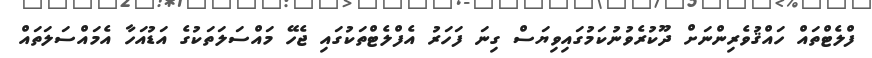
ފްލެޓްތައް ހައްޤުވެރިންނަށް ދޫކުރެވުނުކަމުގައިވިޔަސް ގިނަ ފަހަރު އެފްލެޓްތަކުގައި ޖެހޭ މައްސަލަތަކުގެ އަޑުއަހާ އެމައްސަލަތައް